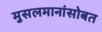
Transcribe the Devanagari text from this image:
मुसलमानांसोबत